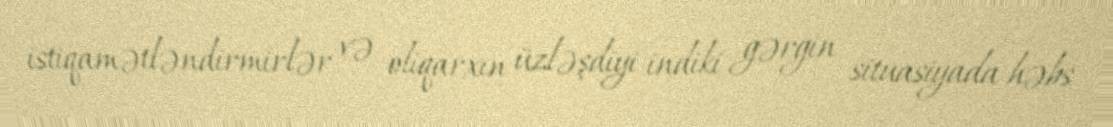
istiqamətləndirmirlər və oliqarxın üzləşdiyi indiki gərgin situasiyada həbs